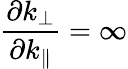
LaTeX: \frac{\partial k_{\bot}}{\partial k_{\| }}=\infty